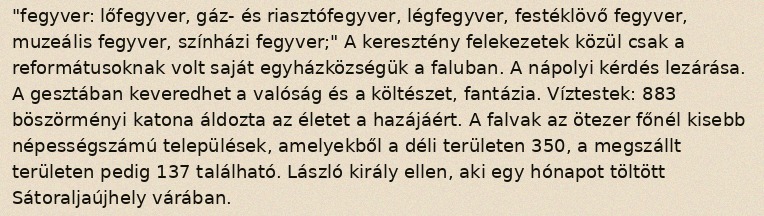
"fegyver: lőfegyver, gáz- és riasztófegyver, légfegyver, festéklövő fegyver, muzeális fegyver, színházi fegyver;" A keresztény felekezetek közül csak a reformátusoknak volt saját egyházközségük a faluban. A nápolyi kérdés lezárása. A gesztában keveredhet a valóság és a költészet, fantázia. Víztestek: 883 böszörményi katona áldozta az életet a hazájáért. A falvak az ötezer főnél kisebb népességszámú települések, amelyekből a déli területen 350, a megszállt területen pedig 137 található. László király ellen, aki egy hónapot töltött Sátoraljaújhely várában.